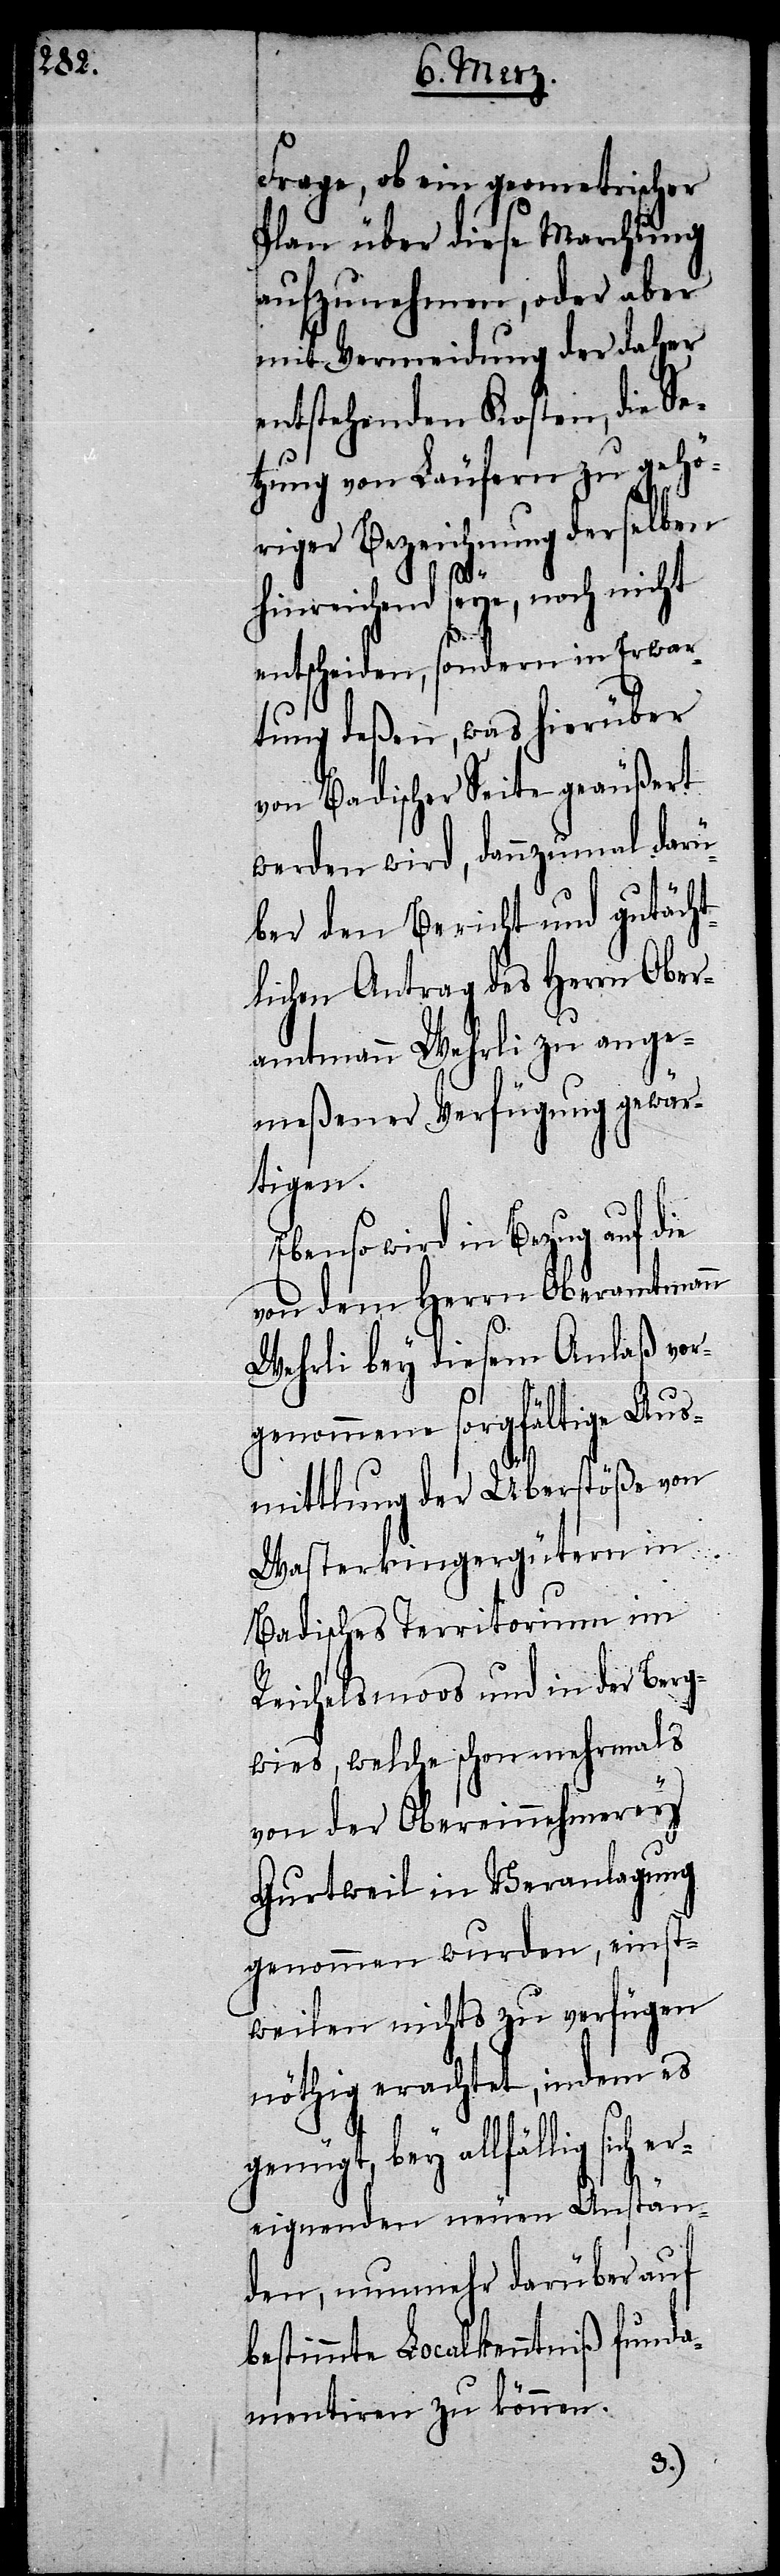
Frage, ob ein geometrischer
Plan über diese Marchung
aufzunehmen, oder aber
mit Vermeidung der daher
entstehenden Kosten, die Se¬
tzung von Läufern zu gehö¬
riger Bezeichnung derselben
hinreichend seye, noch nicht
entscheiden, sondern in Erwar¬
tung deßen, was hierüber
von Badischer Seite geäußert
werden wird, dannzumal darü¬
ber den Bericht und gutächt¬
lichen Antrag des Herrn Ober¬
amtmann Wehrli zu ange¬
meßener Verfügung gewär¬
tigen.
wird in Bezug auf die
von dem Herrn Oberamtmann
Wehrli bey diesem Anlaß vor¬
genommene sorgfältige Aus¬
mittlung der Überstöße von
Wasterkingergütern in
Badisches Territorium im
Reichelsmoos und in der Berg¬
wies, welche schon mehrmals
von der Obereinnehmerey
Gurtweil in Veranlagung
genommen wurden, einst¬
weilen nichts zu verfügen
nöthig erachtet, indem es
genügt, bey allfällig sich
ereignenden neuen Anstän¬
den, nunmehr darüber auf
bestimmte Localkenntniß funda¬
mentiren zu können.